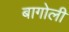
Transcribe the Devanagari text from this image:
बागोली